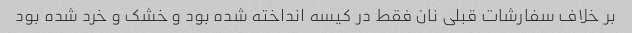
بر خلاف سفارشات قبلی نان فقط در کیسه انداخته شده بود و خشک و خرد شده بود